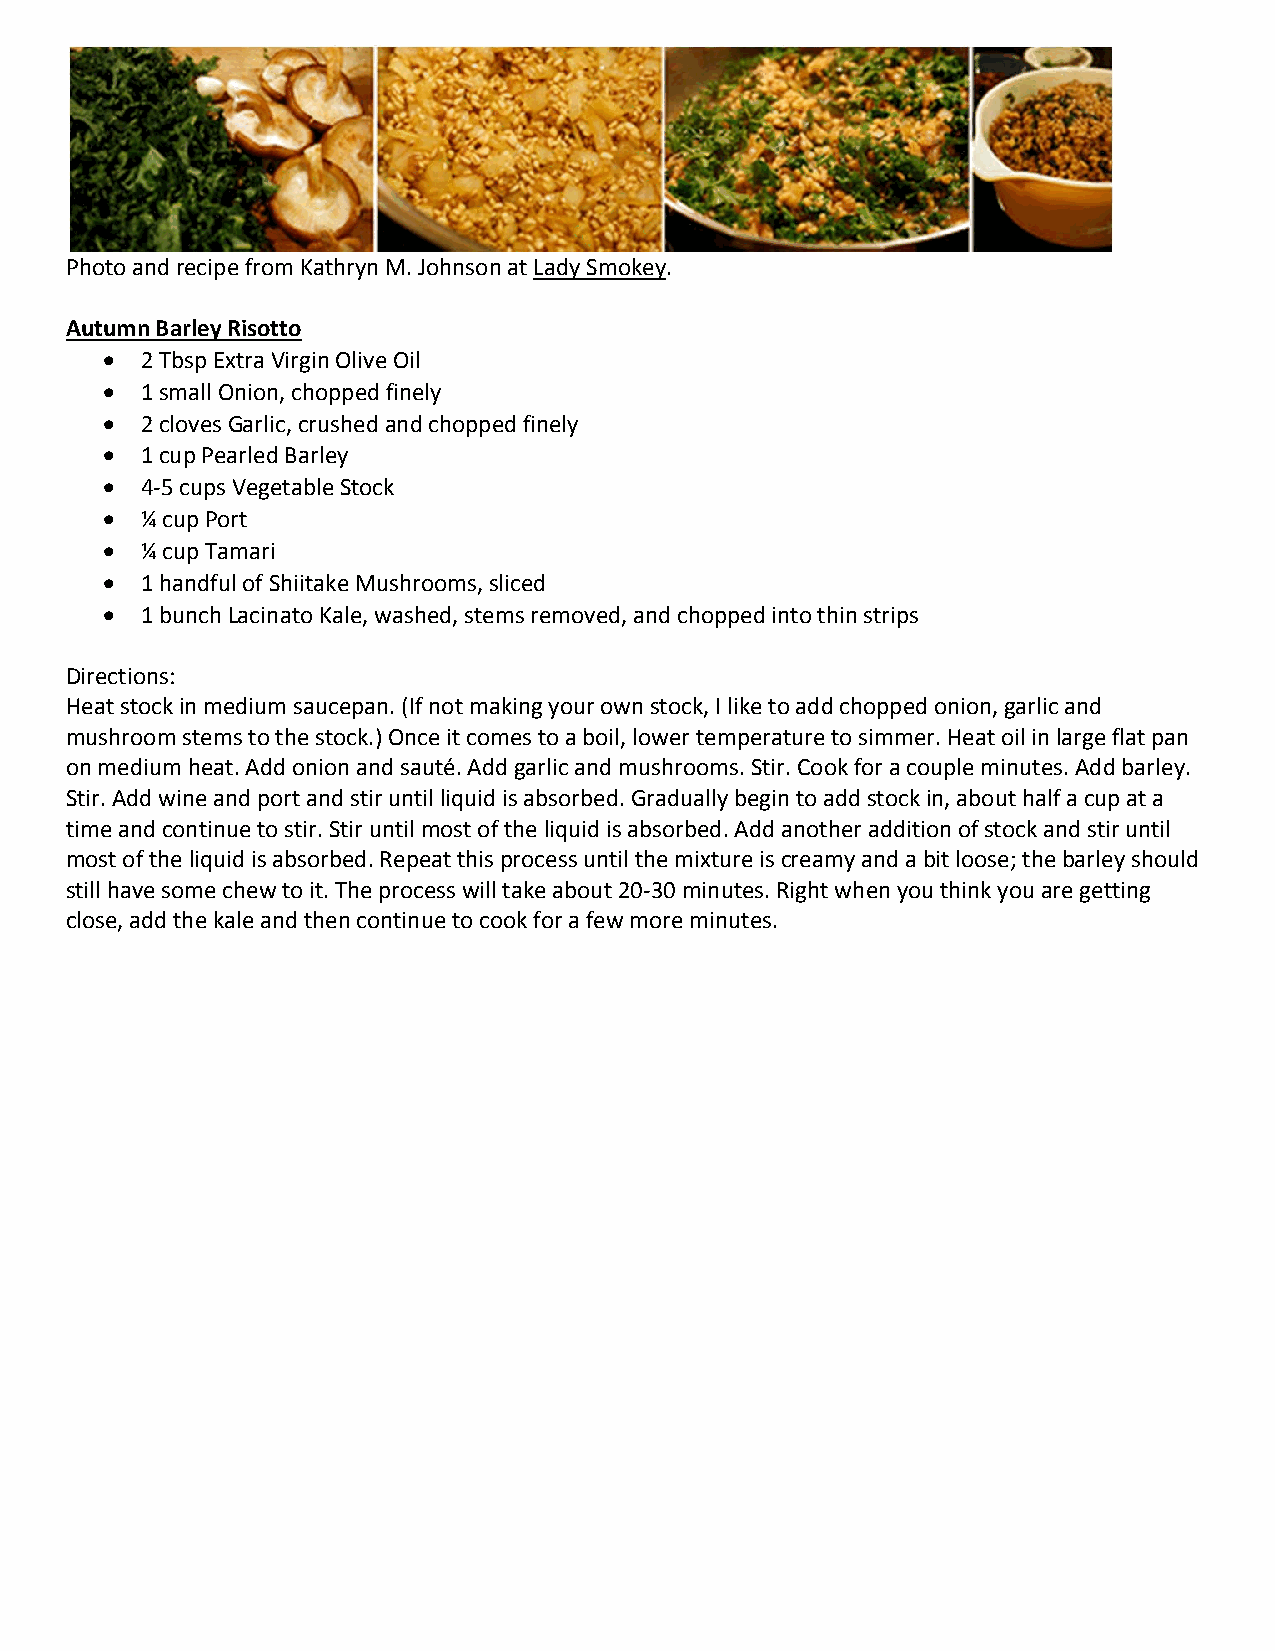
Photo and recipe from Kathryn M. Johnson at Lady Smokey.
 Autumn Barley Risotto
  2 Tbsp Extra Virgin Olive Oil
  1 small Onion, chopped finely
  2 cloves Garlic, crushed and chopped finely
  1 cup Pearled Barley
  4‐5 cups Vegetable Stock
  ¼ cup Port
  ¼ cup Tamari
  1 handful of Shiitake Mushrooms, sliced
  1 bunch Lacinato Kale, washed, stems removed, and chopped into thin strips
 Directions:
 Heat stock in medium saucepan. (If not making your own stock, I like to add chopped onion, garlic and
 mushroom stems to the stock.) Once it comes to a boil, lower temperature to simmer. Heat oil in large flat pan
 on medium heat. Add onion and sauté. Add garlic and mushrooms. Stir. Cook for a couple minutes. Add barley.
 Stir. Add wine and port and stir until liquid is absorbed. Gradually begin to add stock in, about half a cup at a
 time and continue to stir. Stir until most of the liquid is absorbed. Add another addition of stock and stir until
 most of the liquid is absorbed. Repeat this process until the mixture is creamy and a bit loose; the barley should
 still have some chew to it. The process will take about 20‐30 minutes. Right when you think you are getting
 close, add the kale and then continue to cook for a few more minutes.